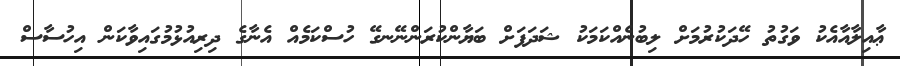
ޢާއިލާއާއެކު ވަގުތު ހޭދަކުރުމަށް ލިބުނެއްކަމަކު ޝަދަފަށް ބަޔާންކުރަންނޭނގޭ ހުސްކަމެއް އެނާގެ ދިރިއުޅުމުގައިވާކަން އިހުސާސް